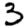
Digit: 3